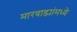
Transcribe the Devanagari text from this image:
मारवाड्यांमध्ये